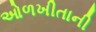
ઓળખીતાની